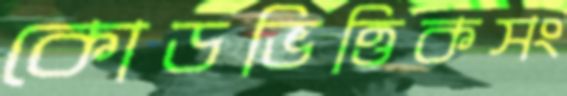
কোডভিত্তিকসং